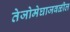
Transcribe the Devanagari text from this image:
तेजोमेघाजवळील